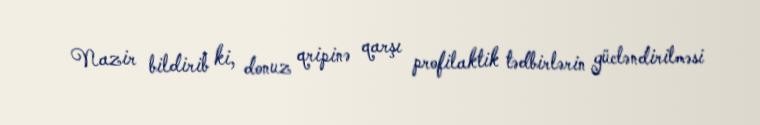
Nazir bildirib ki, donuz qripinə qarşı profilaktik tədbirlərin gücləndirilməsi